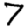
Digit: 7